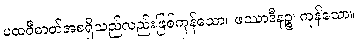
ပထဝီဓာတ်အစရှိသည်လည်းဖြစ်ကုန်သော။ ဖဿာဒီနဉ္စ၊ ကုန်သော။